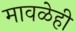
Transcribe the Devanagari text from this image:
मावळेही